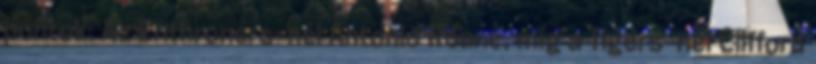
pontok. Az Enthroners-nél Antonio Roane, míg a Tigers-nél Clifford